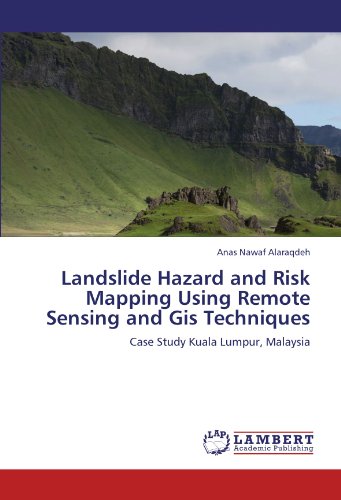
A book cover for Landslide Hazard and Risk Mapping Using Remote Sensing and Gis Techniques: Case Study Kuala Lumpur, Malaysia; Anas Nawaf Alaraqdeh; Travel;